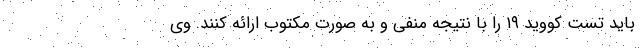
باید تست کووید ۱۹ را با نتیجه منفی و به صورت مکتوب ارائه کنند. وی